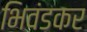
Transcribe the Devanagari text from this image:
भिवंडकर